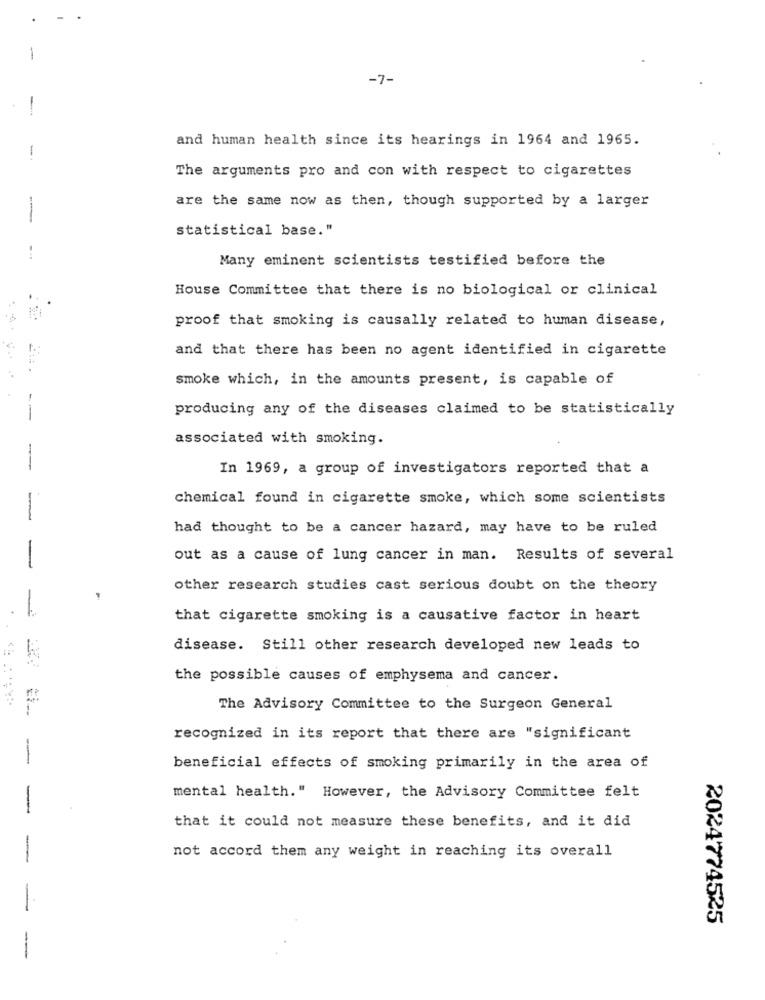
-7-
and human health since its hearings in 1964 and 1965.
-
The arguments pro and con with respect to cigarettes
are the same now as then, though supported by a larger
statistical base."
Many eminent scientists testified before the
House Committee that there is no biological or clinical
proof that smoking is causally related to human disease,
and that there has been no agent identified in cigarette
smoke which, in the amounts present, is capable of
producing any of the diseases claimed to be statistically
associated with smoking.
-
In 1969, a group of investigators reported that a
chemical found in cigarette smoke, which some scientists
-
had thought to be a cancer hazard, may have to be ruled
out as a cause of lung cancer in man. Results of several
-
other research studies cast serious doubt on the theory
that cigarette smoking is a causative factor in heart
disease. Still other research developed new leads to
the possible causes of emphysema and cancer.
The Advisory Committee to the Surgeon General
recognized in its report that there are "significant
-
beneficial effects of smoking primarily in the area of
mental health." However, the Advisory Committee felt
-
that it could not measure these benefits, and it did
not accord them any weight in reaching its overall
-
2024774525